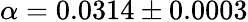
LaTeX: \alpha=0.0314\pm 0.0003